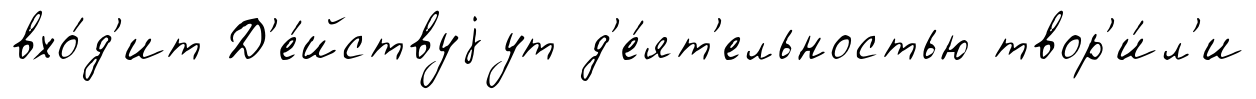
вхо́д'ит Д'е́йствуjут д'е́ят'ельностью твор'и́л'и